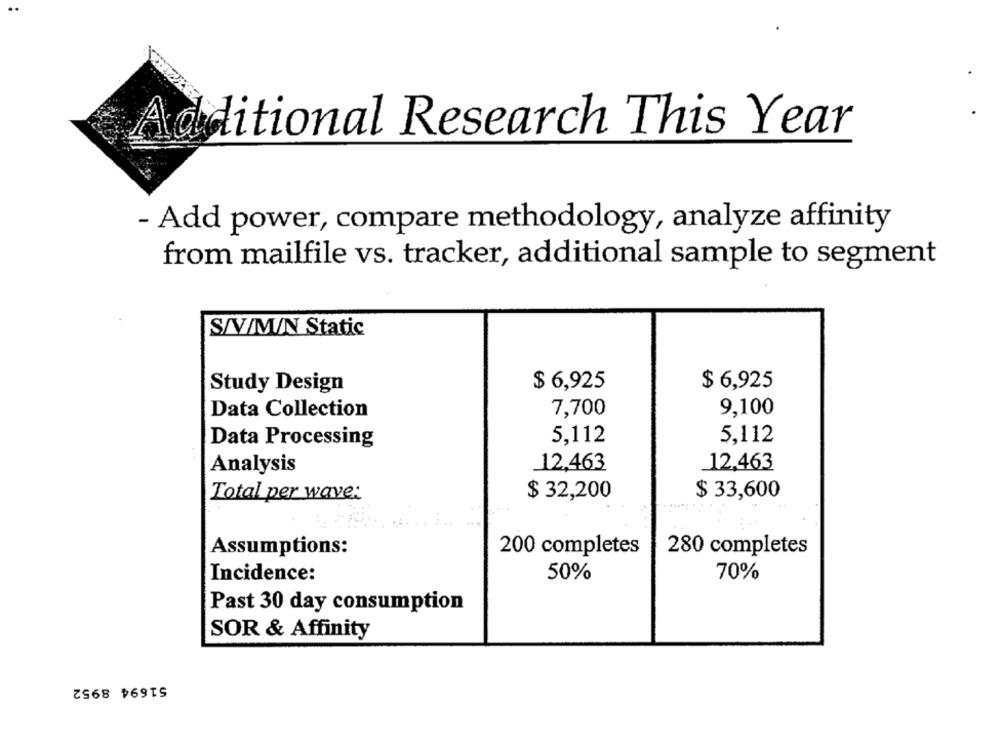
Additional Research This Year
- Add power, compare methodology, analyze affinity
from mailfile vs. tracker, additional sample to segment
S/V/M/N Static
$ 6,925
$ 6,925
Study Design
Data Collection
7,700
9,100
5,112
5,112
Data Processing
12,463
12,463
Analysis
Total per wave:
$ 32,200
$ 33,600
Assumptions:
200 completes
280 completes
Incidence:
50%
70%
Past 30 day consumption
SOR & Affinity
51694 8952